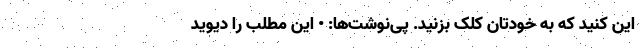
این کنید که به خودتان کلک بزنید. پی‌نوشت‌ها: • این مطلب را دیوید